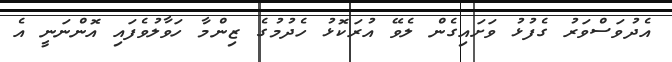
އެދުވަސްވަރު ގެފުޅު ވަށައިގެން ލެވޭ އުރަކޮޅު ހެދުމުގެ ޒިންމާ ހަވާލުވެފައި އޮންނަނީ އެ